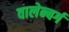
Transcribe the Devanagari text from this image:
वालेन्बर्ग